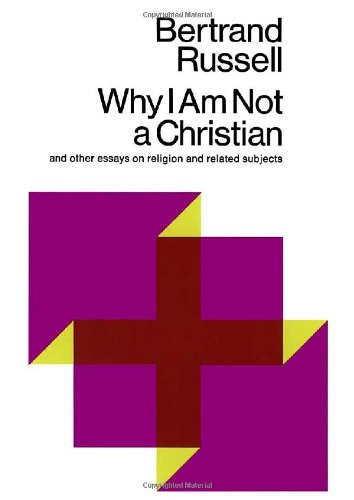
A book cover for Why I Am Not a Christian and Other Essays on Religion and Related Subjects; Bertrand Russell; Politics & Social Sciences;